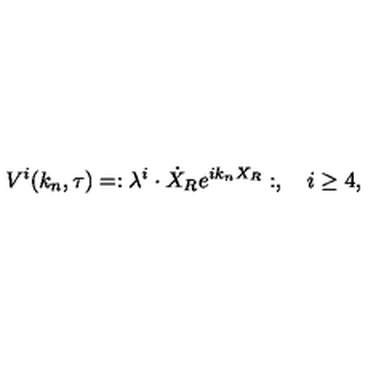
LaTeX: V ^ { i } ( k _ { n } , \tau ) = : \lambda ^ { i } \cdot \dot { X } _ { R } e ^ { i k _ { n } X _ { R } } : , \quad i \ge 4 ,